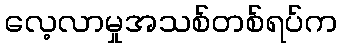
လေ့လာမှုအသစ်တစ်ရပ်က